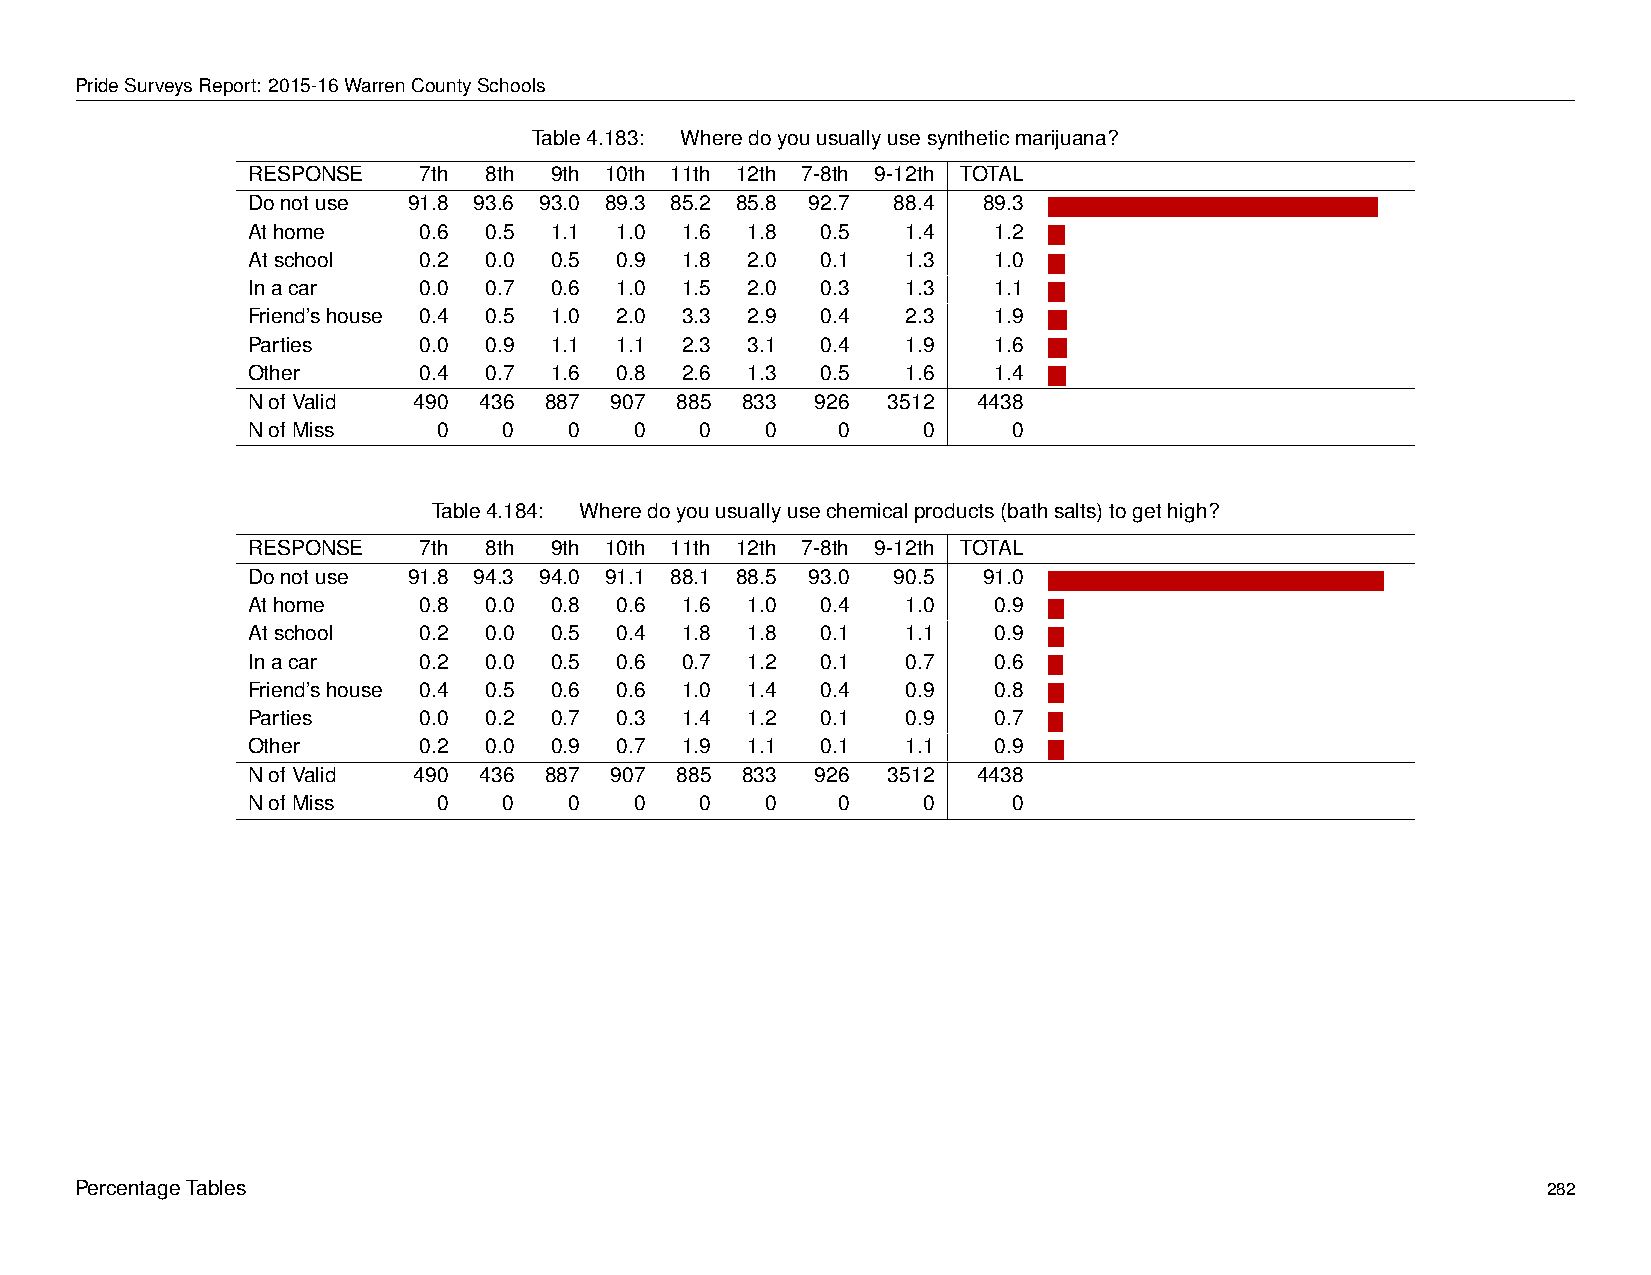
PrideSurveysReport: 2015-16WarrenCountySchools
 Table4.183: Wheredoyouusuallyusesyntheticmarijuana?
 RESPONSE    7th 8th 9th 10th 11th 12th 7-8th 9-12th TOTAL
 Donotuse   91.8 93.6 93.0 89.3 85.2 85.8 92.7 88.4 89.3 -
 Athome      0.6 0.5 1.1  1.0 1.6  1.8 0.5   1.4   1.2 -
 Atschool    0.2 0.0 0.5  0.9 1.8  2.0 0.1   1.3   1.0 -
 Inacar      0.0 0.7 0.6  1.0 1.5  2.0 0.3   1.3   1.1 -
 Friend’shouse 0.4 0.5 1.0 2.0 3.3 2.9 0.4   2.3   1.9 -
 Parties     0.0 0.9 1.1  1.1 2.3  3.1 0.4   1.9   1.6 -
 Other       0.4 0.7 1.6  0.8 2.6  1.3 0.5   1.6   1.4 -
 NofValid   490  436 887 907  885 833  926  3512  4438
 NofMiss      0   0    0   0   0    0   0     0     0
 Table4.184: Wheredoyouusuallyusechemicalproducts(bathsalts)togethigh?
 RESPONSE    7th 8th 9th 10th 11th 12th 7-8th 9-12th TOTAL
 Donotuse   91.8 94.3 94.0 91.1 88.1 88.5 93.0 90.5 91.0 -
 Athome      0.8 0.0 0.8  0.6 1.6  1.0 0.4   1.0   0.9 -
 Atschool    0.2 0.0 0.5  0.4 1.8  1.8 0.1   1.1   0.9 -
 Inacar      0.2 0.0 0.5  0.6 0.7  1.2 0.1   0.7   0.6 -
 Friend’shouse 0.4 0.5 0.6 0.6 1.0 1.4 0.4   0.9   0.8 -
 Parties     0.0 0.2 0.7  0.3 1.4  1.2 0.1   0.9   0.7 -
 Other       0.2 0.0 0.9  0.7 1.9  1.1 0.1   1.1   0.9 -
 NofValid   490  436 887 907  885 833  926  3512  4438
 NofMiss      0   0    0   0   0    0   0     0     0
 PercentageTables                                                                                 282